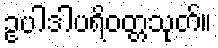
ဥပါဒါပရိဝတ္တသုတ်။